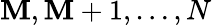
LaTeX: \mathbf{M},\mathbf{M}+1,\dots,N